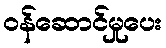
ဝန်ဆောင်မှုပေး